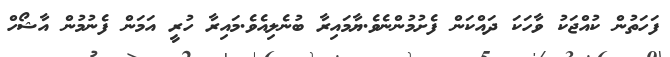
ފަހަތުން ކުއްޖަކު ވާހަކަ ދައްކަން ފެށުމުންނެވެ.ޔާމައިރާ ބުނެލިއެވެ.މައިރާ ހުރީ އަމަން ފެނުމުން އާޝޯހް